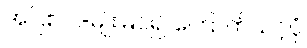
အပြစ် ၂-မျိုးမြင်၍ ကြောက်သင့်ပုံ